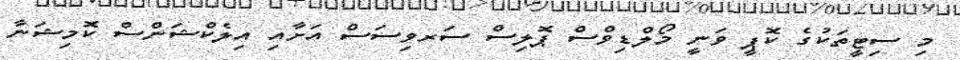
މި ސިޓީތަކުގެ ކޮޕީ ވަނީ މޯލްޑިވްސް ޕޮލިސް ސަރވިސަސް އަށާއި އިލެކްޝަންސް ކޮމިޝަނާ